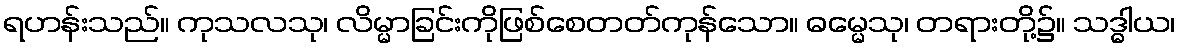
ရဟန်းသည်။ ကုသလသု၊ လိမ္မာခြင်းကိုဖြစ်စေတတ်ကုန်သော။ ဓမ္မေသု၊ တရားတို့၌။ သဒ္ဓါယ၊